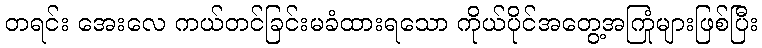
တရင်း အေးလေ ကယ်တင်ခြင်းမခံထားရသော ကိုယ်ပိုင်အတွေ့အကြုံများဖြစ်ပြီး